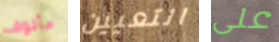
مألوف التعيين على